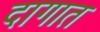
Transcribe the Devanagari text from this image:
दागात